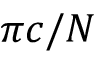
\pi c / N